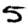
Digit: 5